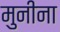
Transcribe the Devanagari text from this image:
मुनीना